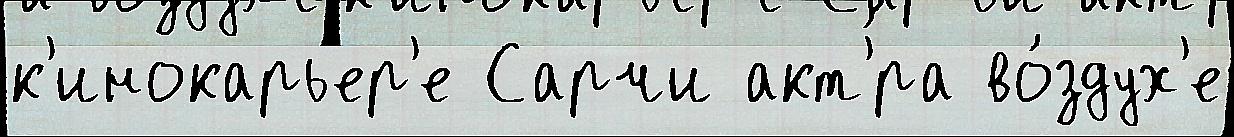
к'инокарьер'е Сарчи акт'́ра во́здух'е